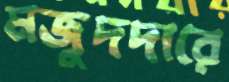
মজুদদারে